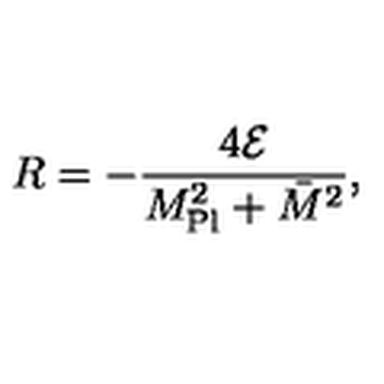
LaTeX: R = - \frac { 4 { \cal E } } { M _ { \mathrm { P l } } ^ { 2 } + \bar { M } ^ { 2 } } ,